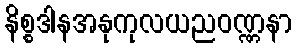
နိစ္စဒါနအနုကုလယညဝဏ္ဏနာ